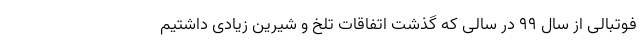
فوتبالی از سال ۹۹ در سالی که گذشت اتفاقات تلخ و شیرین زیادی داشتیم